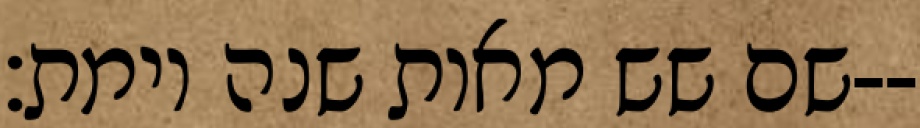
שם שש מאות שנה וימת׃--